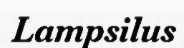
Lampsilus